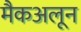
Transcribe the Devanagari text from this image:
मैकअलून